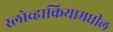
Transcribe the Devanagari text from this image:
स्लोव्हाकियामधील